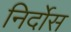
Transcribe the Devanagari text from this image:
निर्दोस